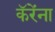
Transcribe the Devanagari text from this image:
कॅरेंना